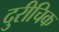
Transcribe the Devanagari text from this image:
दुरीचिक